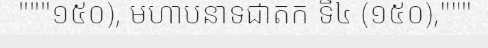
"""១៥០), មហាបនាទជាតក ទី៤ (១៥០),"""